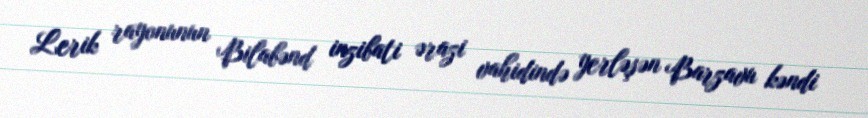
Lerik rayonunun Bilabənd inzibati ərazi vahidində yerləşən Barzavu kəndi